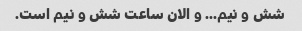
شش و نیم... و الان ساعت شش و نیم است.